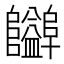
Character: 𱁃